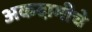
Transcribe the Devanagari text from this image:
अकदामीचे